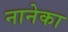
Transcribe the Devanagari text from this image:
नानेका